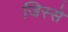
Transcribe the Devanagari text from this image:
जिस्‍से